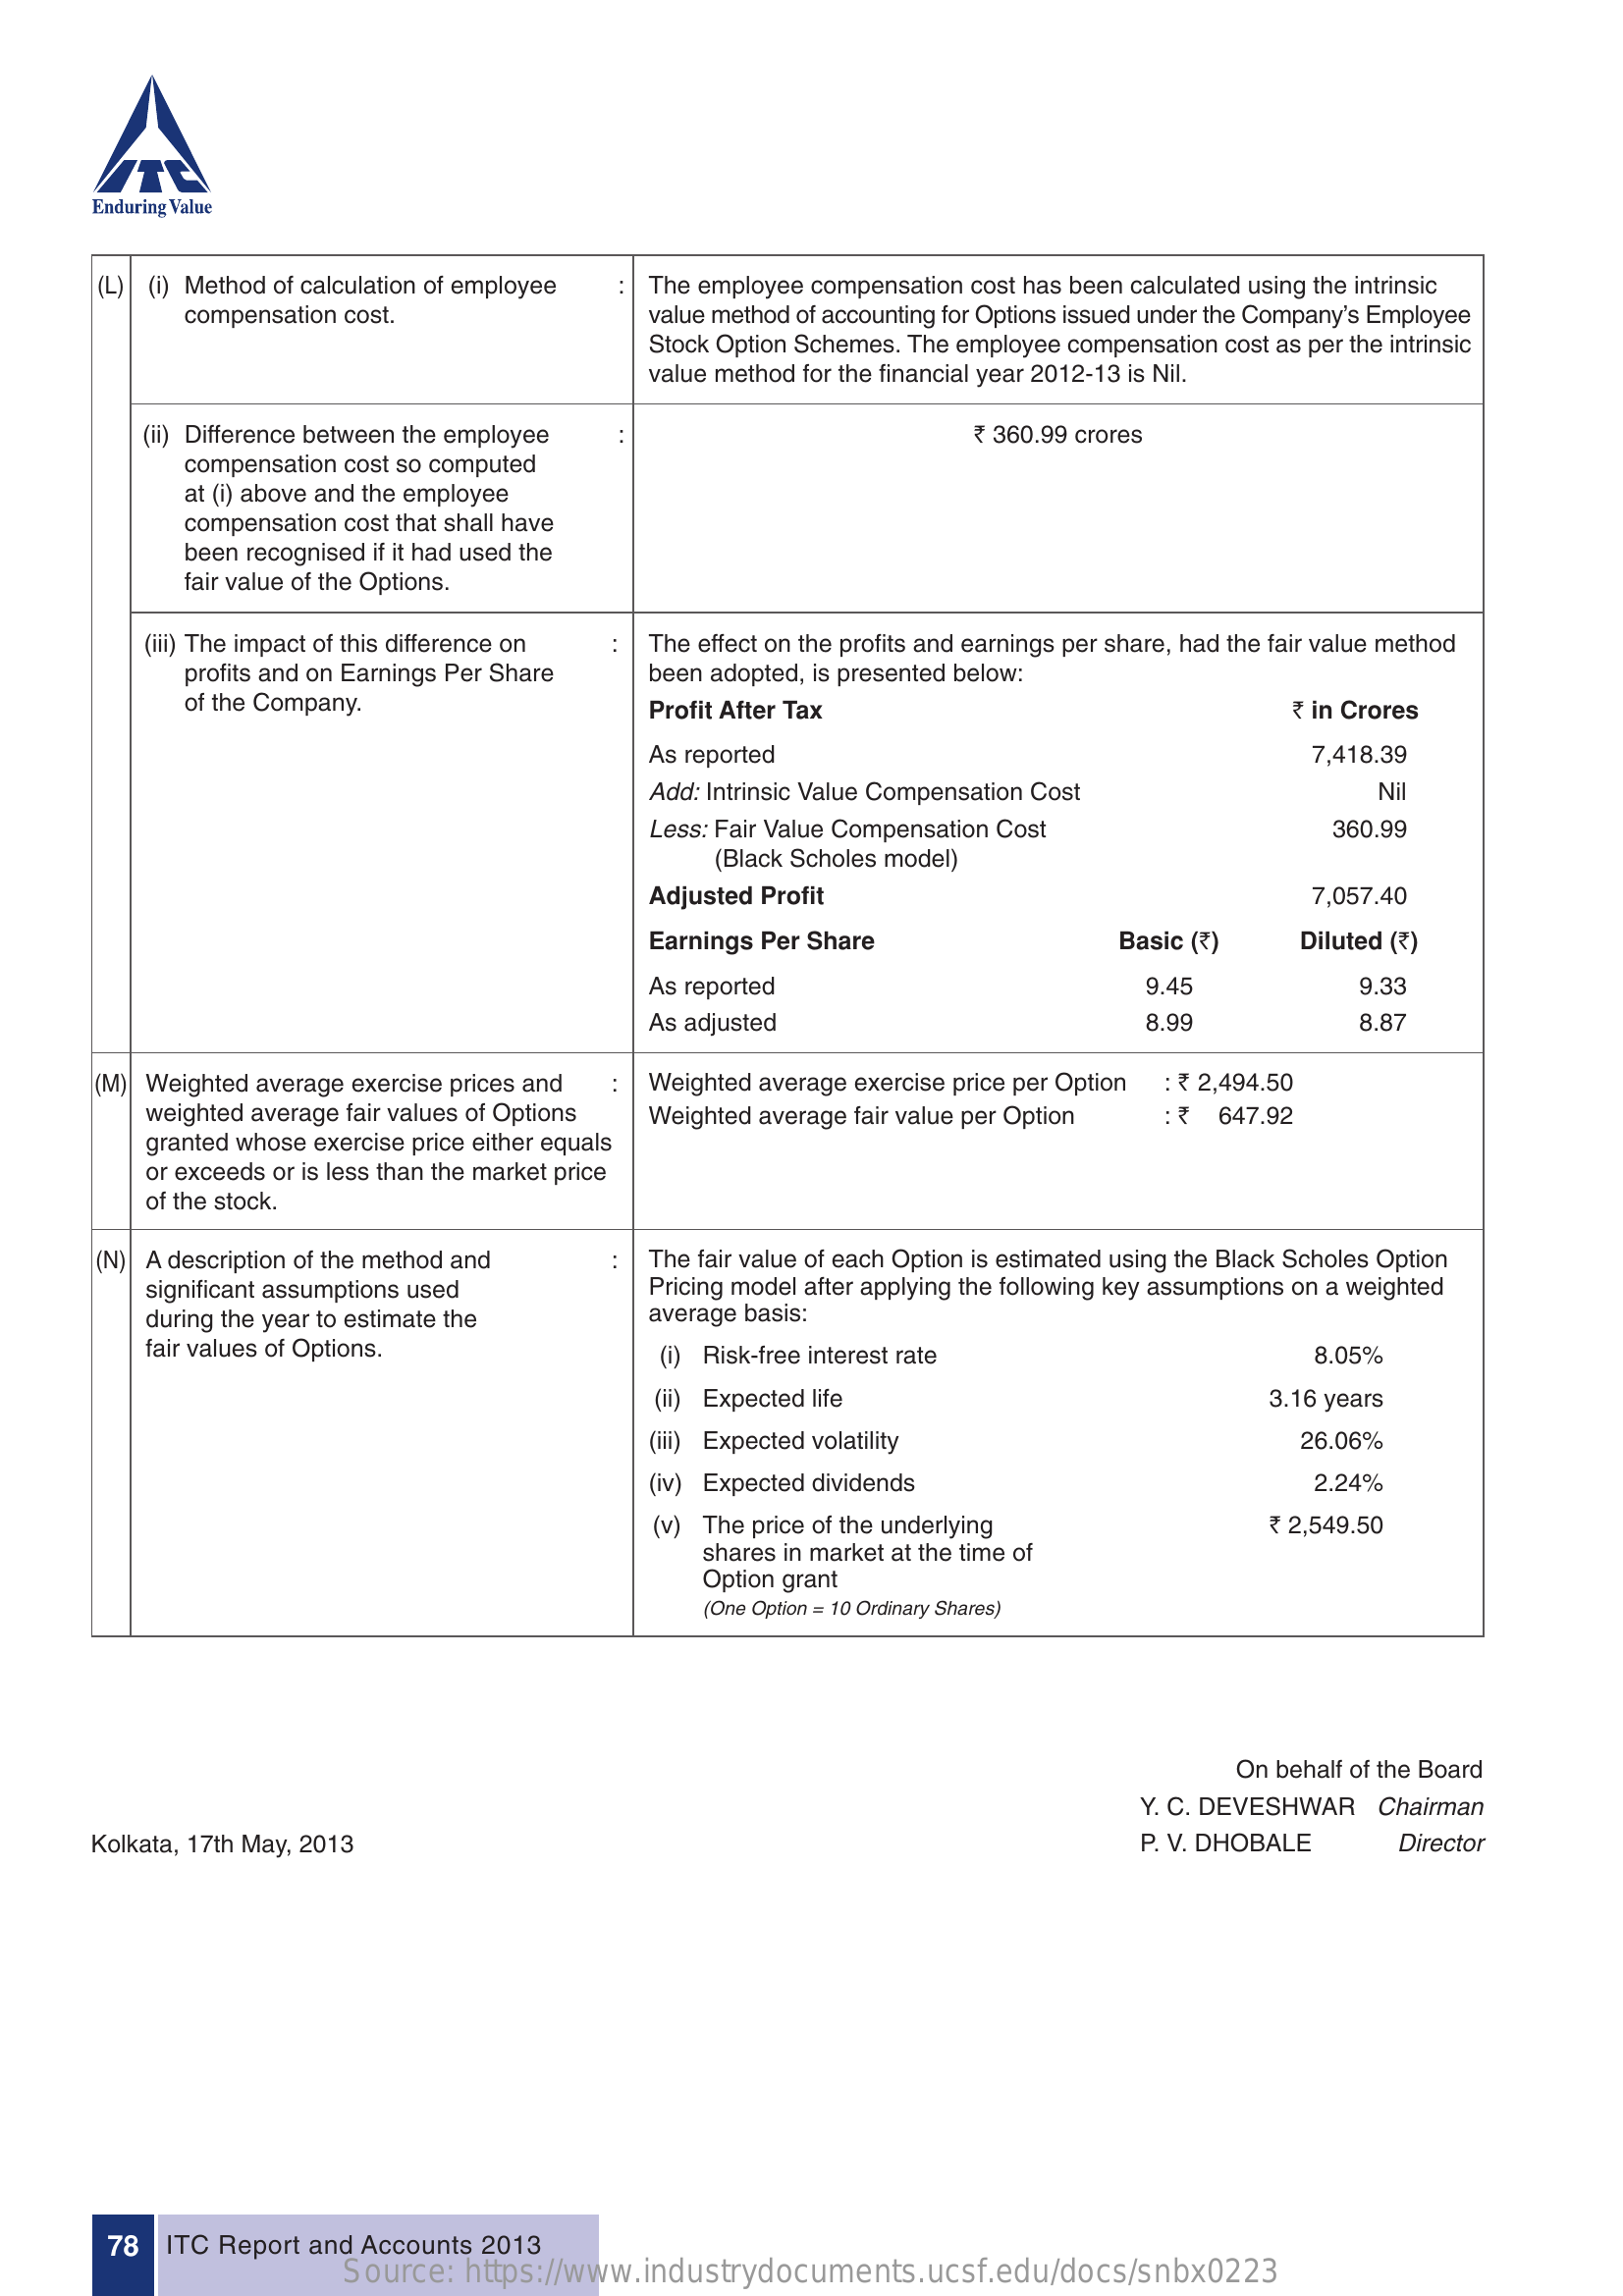
Enduring Value
     (L) (i) Method of calculation of employee : The employee compensation cost has been calculated using the intrinsic
     compensation cost.    value method of accounting for Options issued under the Company’s Employee
     Stock Option Schemes. The employee compensation cost as per the intrinsic
     value method for the financial year 2012-13 is Nil.
     (ii) Difference between the employee :    ` 360.99 crores
     compensation cost so computed
     at (i) above and the employee
     compensation cost that shall have
     been recognised if it had used the
     fair value of the Options.
     (iii) The impact of this difference on : The effect on the profits and earnings per share, had the fair value method
     profits and on Earnings Per Share been adopted, is presented below:
     of the Company.    Profit After Tax    ` in Crores
     As reported    7,418.39
     Add: Intrinsic Value Compensation Cost    Nil
     Less: Fair Value Compensation Cost    360.99
     (Black Scholes model)
     Adjusted Profit    7,057.40
     Earnings Per Share    Basic (`)    Diluted (`)
     As reported    9.45    9.33
     As adjusted    8.99    8.87
     (M) Weighted average exercise prices and : Weighted average exercise price per Option : ` 2,494.50
     weighted average fair values of Options Weighted average fair value per Option : ` 647.92
     granted whose exercise price either equals
     or exceeds or is less than the market price
     of the stock.
     (N) A description of the method and  :  The fair value of each Option is estimated using the Black Scholes Option
     significant assumptions used    Pricing model after applying the following key assumptions on a weighted
     during the year to estimate the    average basis:
     fair values of Options.    (i) Risk-free interest rate    8.05%
     (ii) Expected life    3.16 years
     (iii) Expected volatility    26.06%
     (iv) Expected dividends    2.24%
     (v) The price of the underlying    ` 2,549.50
     shares in market at the time of
     Option grant
     (One Option = 10 Ordinary Shares)
     On behalf of the Board
     Y. C. DEVESHWAR  Chairman
     Kolkata, 17th May, 2013    P. V. DHOBALE    Director
     78   ITC Report and Accounts 2013
     Source:  https://www.industrydocuments.ucsf.edu/docs/snbx0223